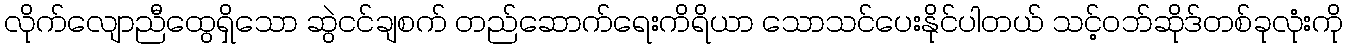
လိုက်လျောညီထွေရှိသော ဆွဲငင်ချစက် တည်ဆောက်ရေးကိရိယာ သောသင်ပေးနိုင်ပါတယ် သင့်ဝဘ်ဆိုဒ်တစ်ခုလုံးကို